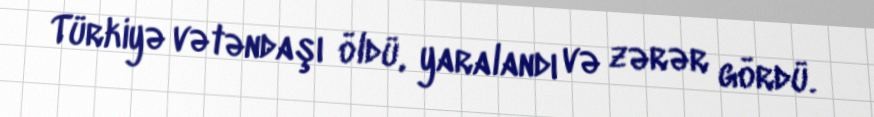
Türkiyə vətəndaşı öldü, yaralandı və zərər gördü.